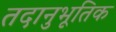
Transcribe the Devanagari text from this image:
तदानुभूतिक